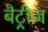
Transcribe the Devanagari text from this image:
बैट्रीज़